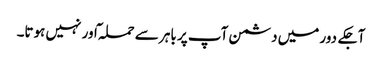
آجکے دور میں دشمن آپ پر باہر سے حملہ ٓاور نہیں ہوتا۔